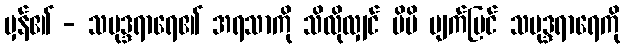
မှန်၏ - သမုဒ္ဒရာရေ၏ အရသာကို သိလိုလျှင် မိမိ မျက်မြင် သမုဒ္ဒရာရေကို